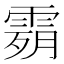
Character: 𩃴